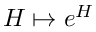
H \mapsto e ^ { H }